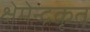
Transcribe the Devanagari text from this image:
क्षेमेन्द्रकृत